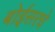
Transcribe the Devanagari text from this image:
बोईसरचे